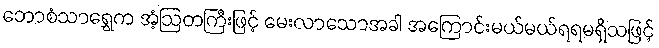
ဘောစံသာရွှေက အံ့ဩတကြီးဖြင့် မေးလာသောအခါ အကြောင်းမယ်မယ်ရရမရှိသဖြင့်